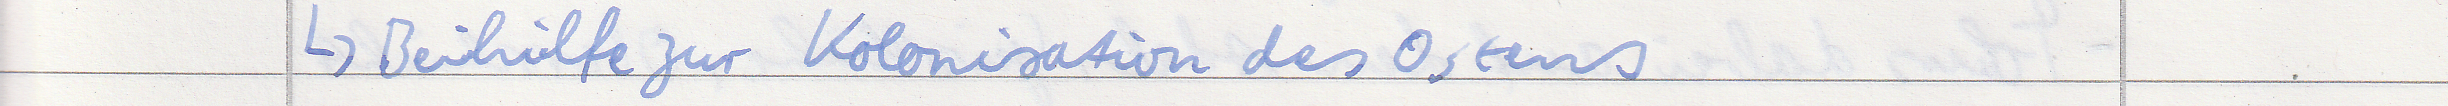
-> Beihilfe zur Kolonisation des Ostens